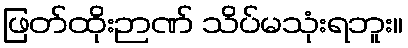
ဖြတ်ထိုးဉာဏ် သိပ်မသုံးရဘူး။